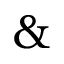
\&